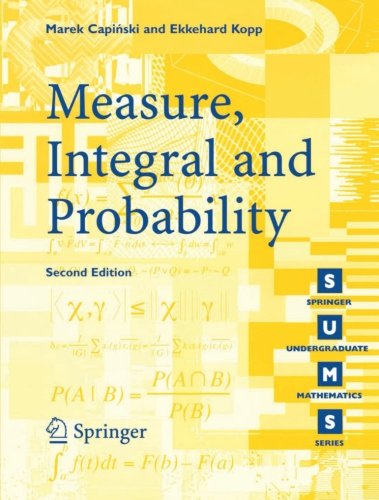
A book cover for Measure, Integral and Probability; Marek Capinski; Science & Math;